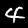
Digit: 4